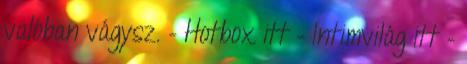
valóban vágysz. – Hotbox itt – Intimvilág itt –